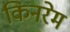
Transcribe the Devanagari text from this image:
किनरेम